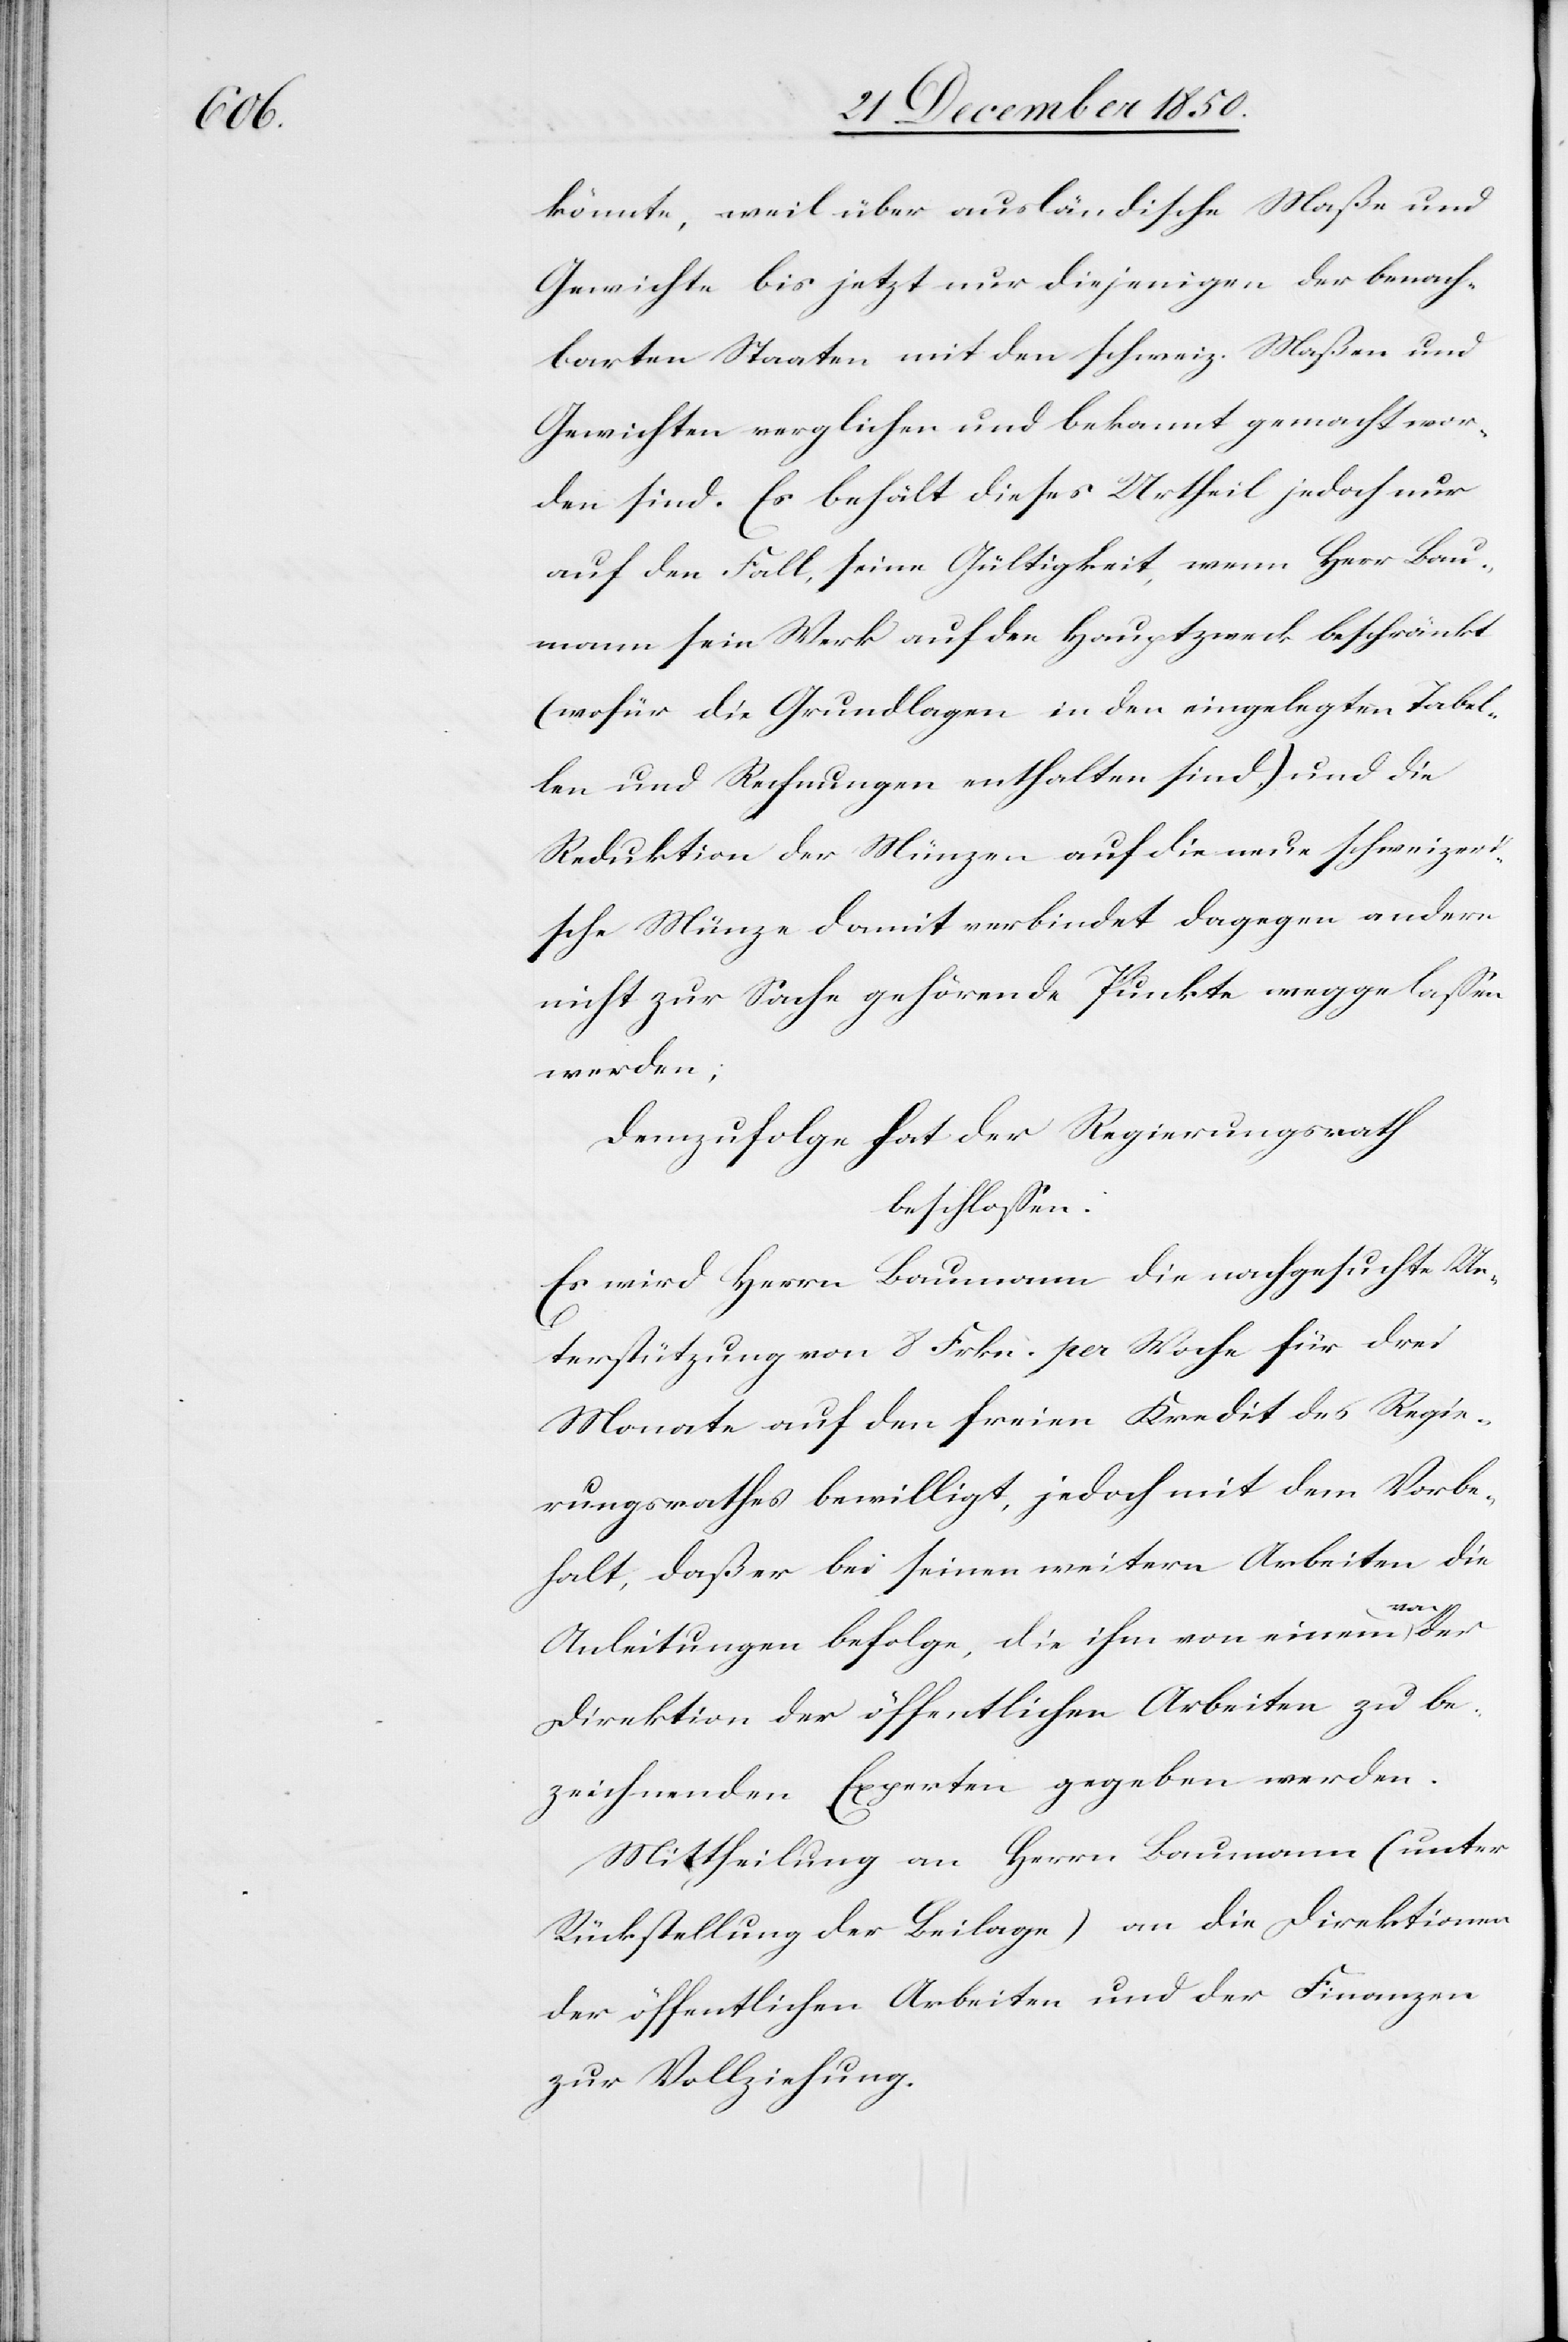
könnte, weil über ausländische Maße und
Gewichte bis jetzt nur diejenigen der benach¬
barten Staaten mit den schweiz. Maßen und
Gewichten verglichen und bekannt gemacht wor¬
den sind. Es behält dieses Urtheil jedoch nur
auf den Fall, seine Gültigkeit, wenn Herr Bau¬
mann sein Werk auf den Hauptzweck beschränkt
(wofür die Grundlagen in den eingelegten Tabel¬
len und Rechnungen enthalten sind,) und die
Reduktion der Münzen auf die neue schweizeri¬
sche Münze damit verbindet dagegen andere
nicht zur Sache gehörende Punkte weggelassen
werden;
Demzufolge hat der Regierungsrath
beschlossen:
Es wird Herrn Baumann die nachgesuchte Un¬
terstützung von 8 Frkn. per Woche für drei
Monate auf den freien Kredit des Regie¬
rungsrathes bewilligt, jedoch mit dem Vorbe¬
halt, daß er bei seinen weitern Arbeiten die
Anleitungen befolge, die ihm von einem von
Direktion der öffentlichen Arbeiten zu be¬
zeichnenden Experten gegeben werden.
Mittheilung an Herrn Baumann (unter
Rückstellung der Beilage) an die Direktion
der öffentlichen Arbeiten und der Finanzen
zur Vollziehung.